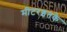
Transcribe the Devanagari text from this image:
मीटरइतके